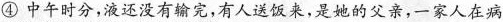
④ 中午时分，液还没有输完，有人送饭来，是她的父亲，一家人在病